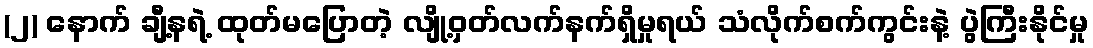
(၂) နောက် ချီ့နရဲ့ ထုတ်မပြောတဲ့ လျို့ဝှတ်လက်နက်ရှိမှုရယ် သံလိုက်စက်ကွင်းနဲ့ ပွဲကြီးနိုင်မှု